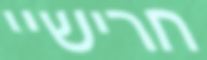
חרישיי